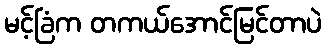
မင့်ခြံက တကယ်အောင်မြင်တာပဲ